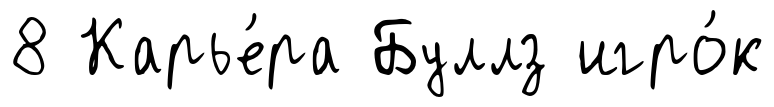
8 Карье́ра Буллз игро́к